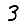
Digit: 3